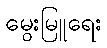
မွေးမြူရေး